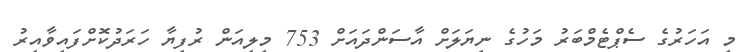
މި އަހަރުގެ ސެޕްޓެމްބަރު މަހުގެ ނިޔަލަށް އާސަންދައަށް 753 މިލިއަން ރުފިޔާ ހަރަދުކޮށްފައިވާއިރު